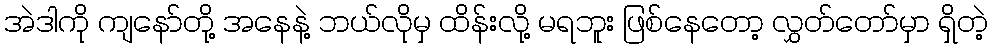
အဲဒါကို ကျနော်တို့ အနေနဲ့ ဘယ်လိုမှ ထိန်းလို့ မရဘူး ဖြစ်နေတော့ လွှတ်တော်မှာ ရှိတဲ့